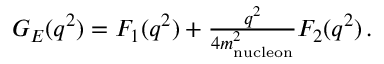
\begin{array} { r } { G _ { E } ( q ^ { 2 } ) = F _ { 1 } ( q ^ { 2 } ) + \frac { q ^ { 2 } } { 4 m _ { \mathrm { n u c l e o n } } ^ { 2 } } F _ { 2 } ( q ^ { 2 } ) \, . } \end{array}